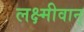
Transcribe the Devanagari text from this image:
लक्ष्मीवान्